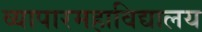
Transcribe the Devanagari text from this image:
व्यापारमहाविद्यालय